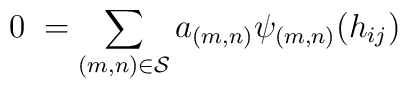
0 \;=\sum_{{(m,n)}\in{\cal S}}a_{(m,n)} {\psi_{(m,n)}}({h_{ij}})